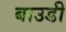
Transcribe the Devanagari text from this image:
बाउडी